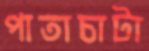
পাতাচাটা